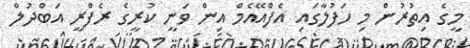
މީގެ އިތުރުން މި ހަފުލާގައި އެފްއޭއެމް އިން ވަނީ ކުރީގެ ރެފްރީ އަބްދުލް